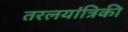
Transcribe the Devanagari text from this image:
तरलयांत्रिकी